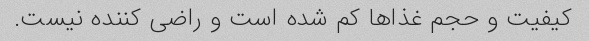
کیفیت و حجم غذا‌ها کم شده است و راضی کننده نیست.